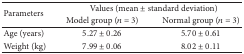
| <ROWSPAN=2> Parameters | <COLSPAN=2> Values (mean ± standard deviation) |
 | Model group (n = 3) | Normal group (n = 3) |
 | --- | --- | --- |
 | Age (years) | 5.27 ± 0.26 | 5.70 ± 0.61 |
 | Weight (kg) | 7.99 ± 0.06 | 8.02 ± 0.11 |